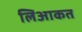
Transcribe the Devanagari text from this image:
लिआकत